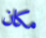
مكان